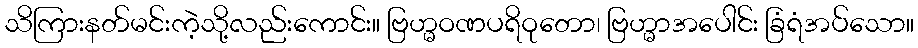
သိကြားနတ်မင်းကဲ့သို့လည်းကောင်း။ ဗြဟ္မဝဏပရိဝုတော၊ ဗြဟ္မာအပေါင်း ခြံရံအပ်သော။